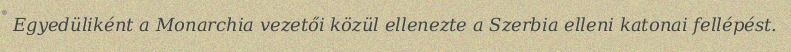
Egyedüliként a Monarchia vezetői közül ellenezte a Szerbia elleni katonai fellépést.